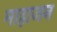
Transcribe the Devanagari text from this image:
माहाजन